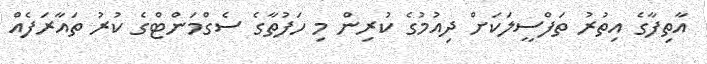
އާތިފާގެ އިތުރު ތަފްސީލަކަށް ދިއުމުގެ ކުރިން މި ހަފުތާގެ ސެގްމަންޓްގެ ކުރު ތައާރަފެއް